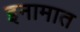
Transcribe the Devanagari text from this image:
इनामात